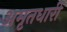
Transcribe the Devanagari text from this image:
अमृतधारीं